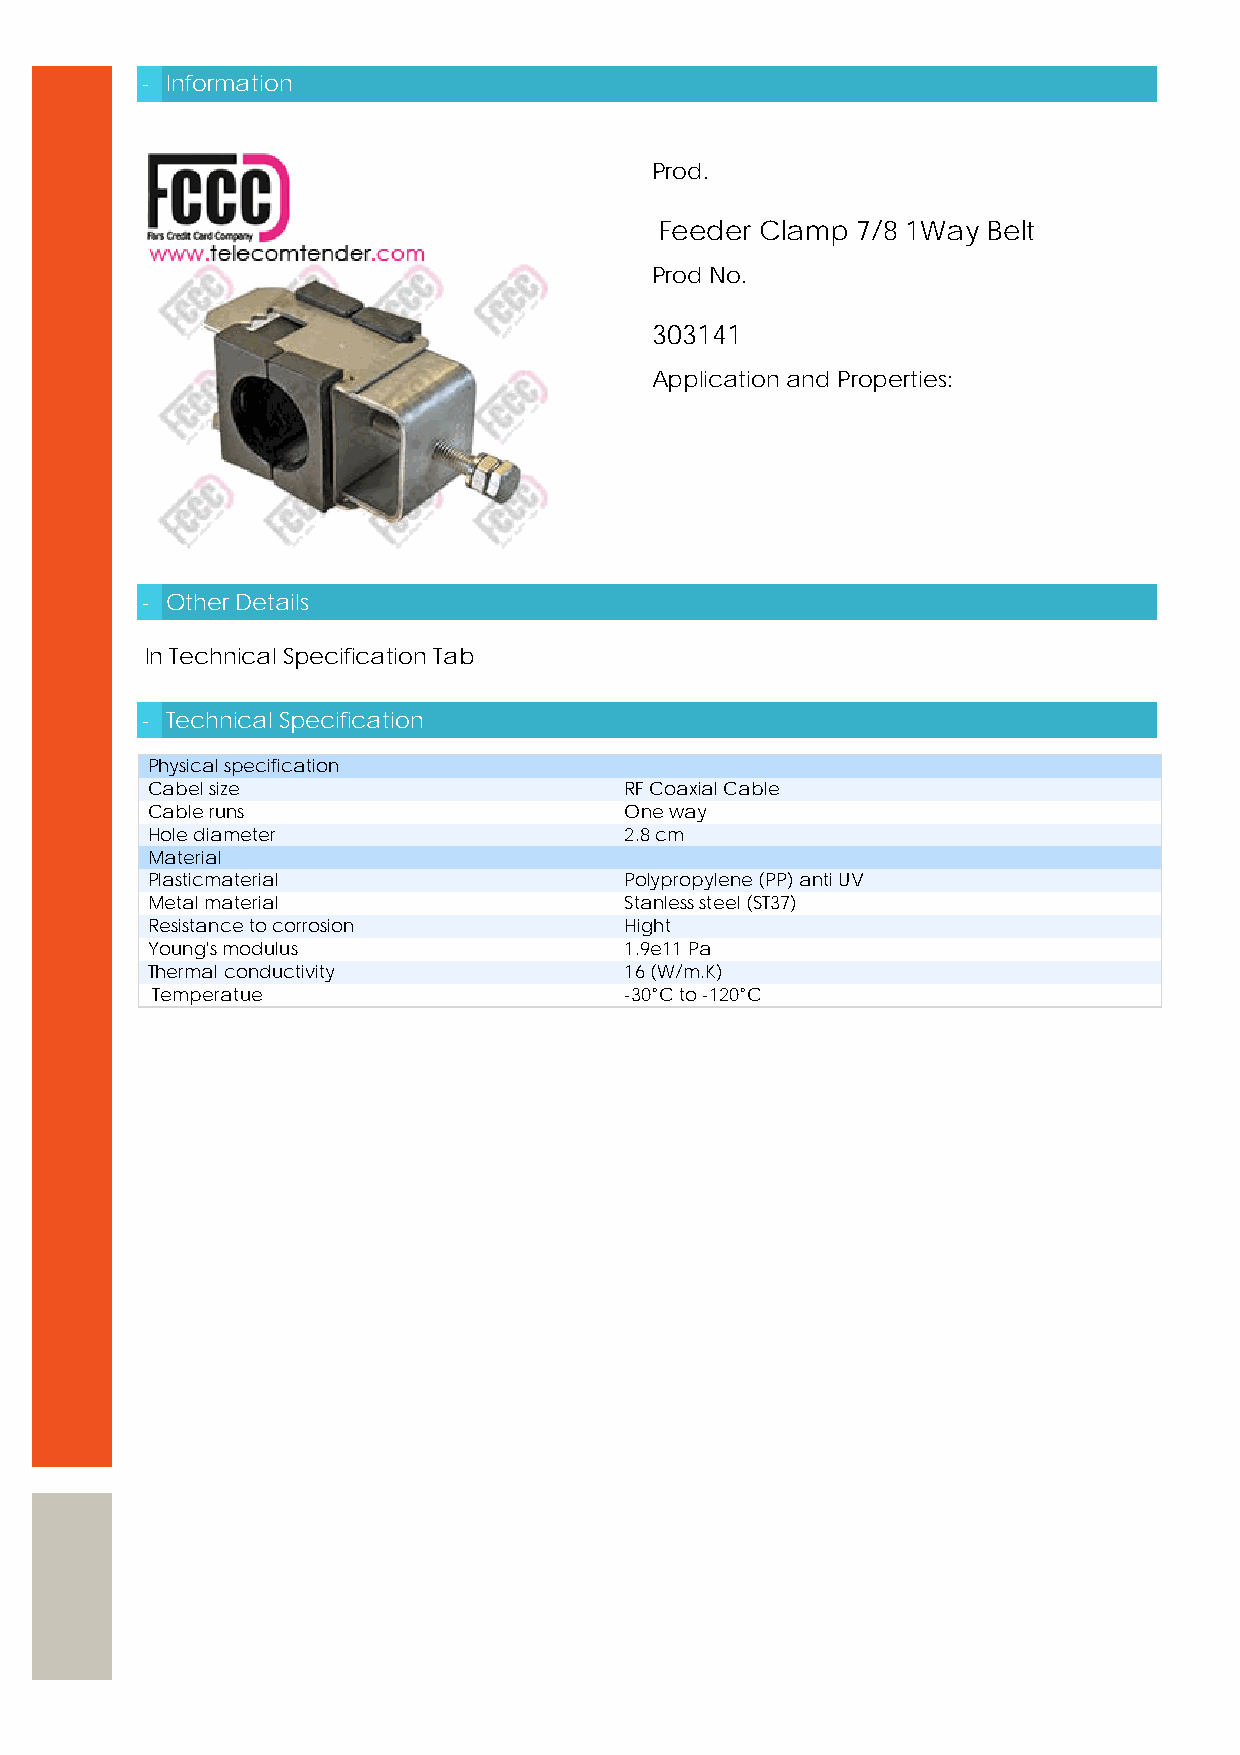
- Information
 Prod.
 Feeder Clamp 7/8 1Way Belt
 Prod No.
 303141
 Application and Properties:
 - Other Details
 In Technical Specification Tab
 - Technical Specification
 Physical specification
 Cabel size                     RF Coaxial Cable
 Cable runs                     One way
 Hole diameter                  2.8 cm
 Material
 Plasticmaterial                Polypropylene (PP) anti UV
 Metal material                 Stanless steel (ST37)
 Resistance to corrosion        Hight
 Young's modulus                1.9e11 Pa
 Thermal conductivity           16 (W/m.K)
 Temperatue                     -30°C to -120°C